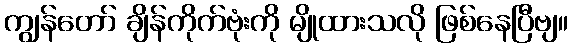
ကျွန်တော် ချိန်ကိုက်ဗုံးကို မျိုထားသလို ဖြစ်နေပြီဗျ။